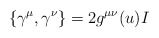
\begin{align*}\left\{\gamma^{\mu},\gamma^{\nu}\right\}=2g^{\mu\nu}(u)I \end{align*}